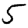
Digit: 5